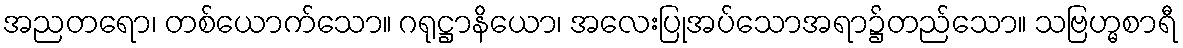
အညတရော၊ တစ်ယောက်သော။ ဂရုဋ္ဌာနိယော၊ အလေးပြုအပ်သောအရာ၌တည်သော။ သဗြဟ္မစာရီ